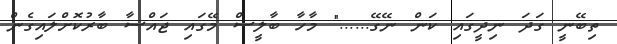
ތިބޭނީ ގަދަ ނިދީގައި ކަން ނޭގޭ......" މާހާ ބާލީސް މޭގައި ޖައްސާ ބާރުކޮށްލައިގެން